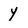
Character: y